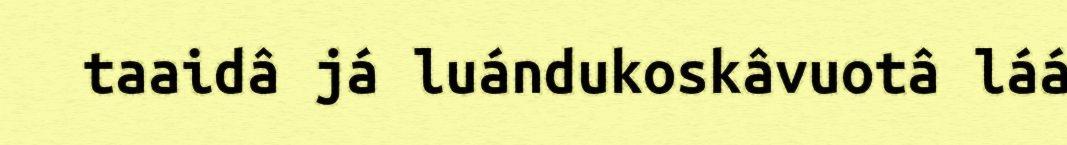
taaidâ já luándukoskâvuotâ láá